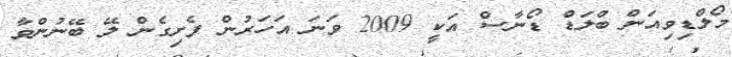
މޯލްޑިވިއަން ބްލަޑް ޑޯނާސް އަކީ 2009 ވަނަ އަހަރުން ފެށިގެން ލޭ ބޭނުންވާ